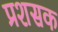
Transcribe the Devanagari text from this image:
प्रशसक